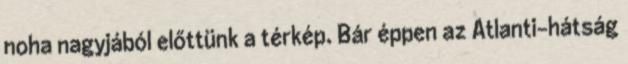
noha nagyjából előttünk a térkép. Bár éppen az Atlanti-hátság